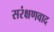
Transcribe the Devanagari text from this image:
सरंक्षणवाद